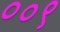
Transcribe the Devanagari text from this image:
००९